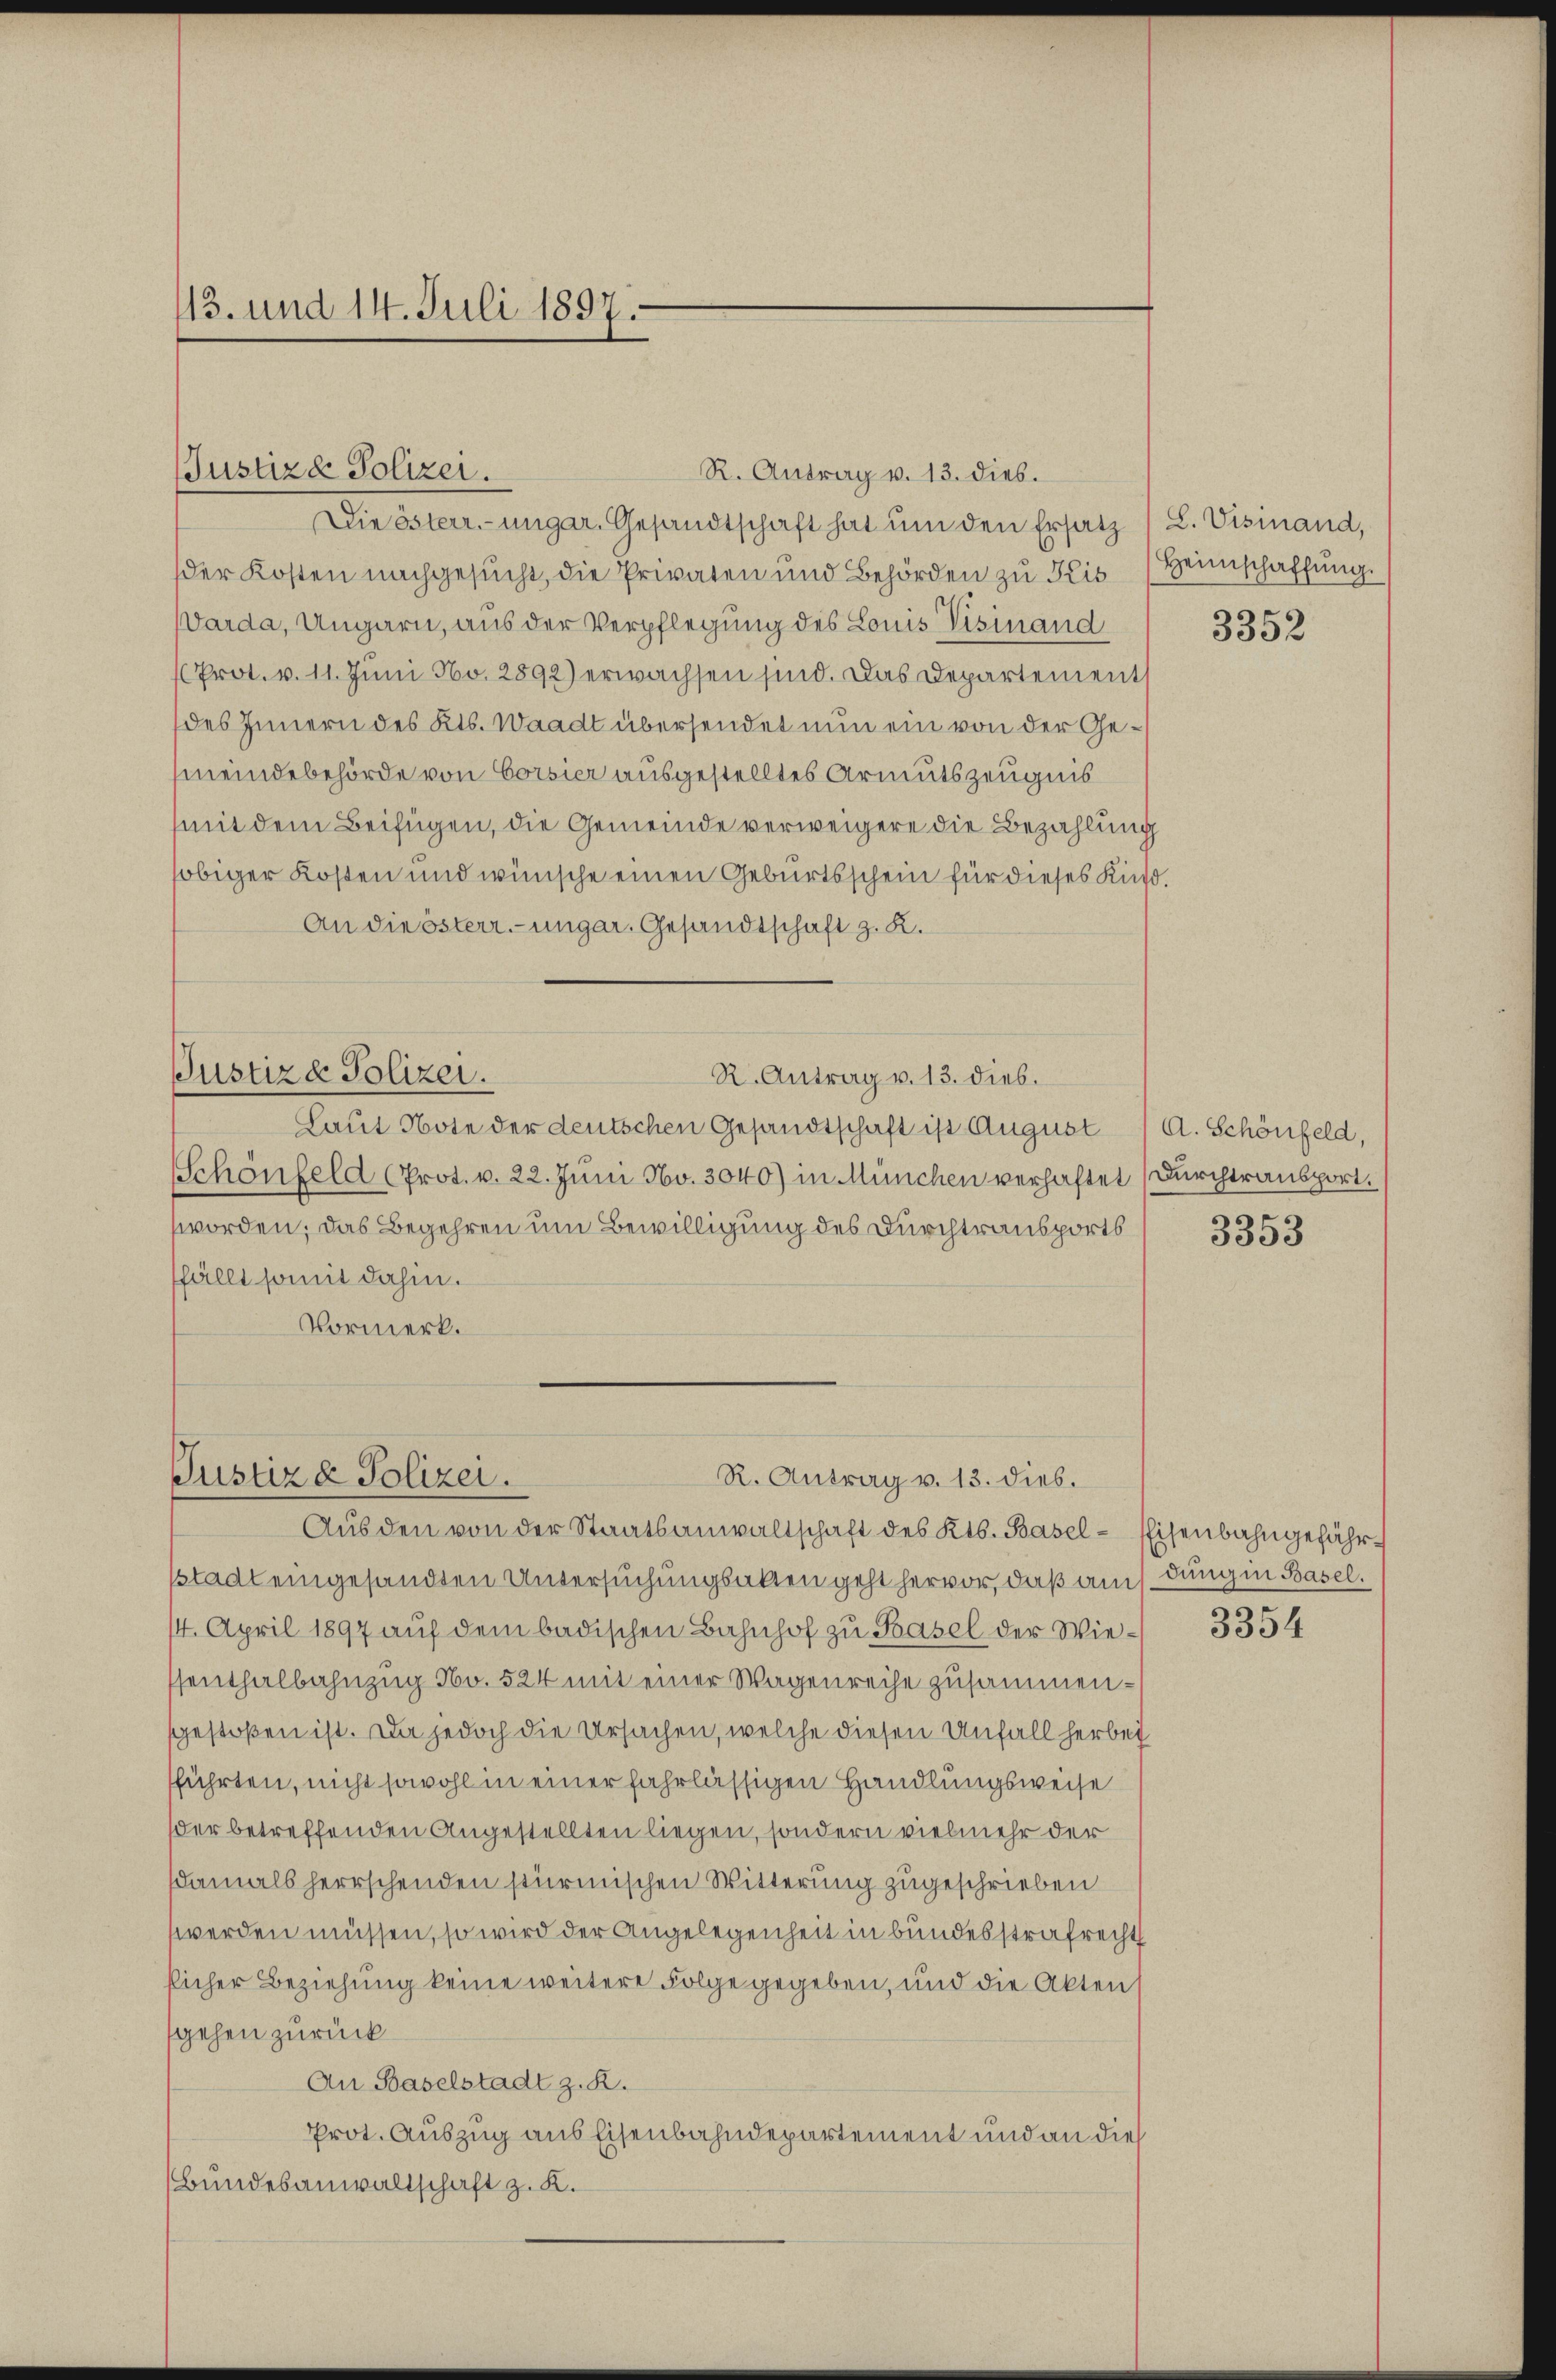
13. und 14. Juli 1897.

Justiza Polizei.

Die österr.-ungar. Gesandtschaft hat um den Ersatz (L. Visinand,
der Kosten nachgesucht, die Privaten und Behörden zu Kis Heimschaffung.
Varda, Ungarn, aus der Verpflegung des Louis Visinand
Prot. v. 11. Juni No. 2892) erwachsen sind. Das Departement
des Innern des Kts. Waadt übersendet nun ein von der Ge¬
(meindebehörde von Corsier ausgestelltes Armutszeugnis
mit dem Beifügen, die Gemeinde verweigere die Bezahlung
obiger Kosten und wünsche einen Geburtsschein für dieses Kind.
An die österr.-ungar. Gesandtschaft z. K.
Justiz & Polizei.
R. Antrag v. 13. dies.
Laut Note der deutschen Gesandtschaft ist August / A. Schönfeld,
Schönfeld (Prot. v. 22. Juni No. 3040) in München verhaftet (Durchtransport.
worden; das Begehren um Bewilligung des Durchtransports
fällt somit dahin.
Vormerk.

R. Antrag v. 13. dieb.

Justiz & Polizei.
R. Antrag v. 13. dies.

Aus den von der Staatsanwaltschaft des Kts. Basel-Eisenbahngefährstadt eingesandten Untersuchungsakten geht hervor, daß andung in Basel.
14. April 1897 aŭf dem badischen Bahnhof zu Basel der Wiesenthalbahnzug No. 524 mit einer Wagenreihe zusammensgestoßen ist. Da jedoch die Ursachen, welche diesen Unfall herbei
führten, nicht sowohl in einer fahrlässigen Handlungsweise
der betreffenden Angestellten liegen, sondern vielmehr der
damals herrschenden stürmischen Witterung zugeschrieben
werden müssen, so wird der Angelegenheit in bundesstrafrecht
slicher Beziehung keine weitere Folge gegeben, und die Akten
gehen zurück
An Baselstadt z. R.
Prot. Auszug aus Eisenbahndepartement und an die
Bundesanwaltschaft z. K.

3352

3353

3354